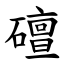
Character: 䃪